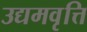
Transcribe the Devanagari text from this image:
उद्यमवृत्ति